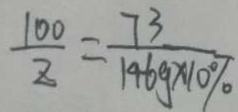
\frac { 1 0 0 } { z } = \frac { 7 3 } { 1 4 6 g \times 1 0 \% }